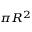
\scriptstyle \pi R ^ { 2 }